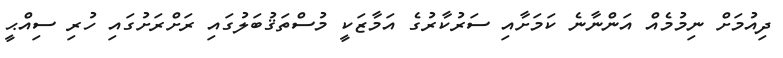
ދިއުމަށް ނިމުމެއް އަންނާނެ ކަމަށާއި ސަރުކާރުގެ އަމާޒަކީ މުސްތަޤުބަލުގައި ރަށްރަށުގައި ހުރި ސިއްޙީ